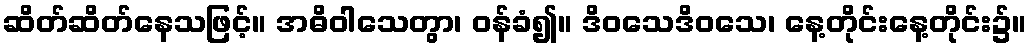
ဆိတ်ဆိတ်နေသဖြင့်။ အဓိဝါသေတွာ၊ ဝန်ခံ၍။ ဒိဝသေဒိဝသေ၊ နေ့တိုင်းနေ့တိုင်း၌။